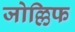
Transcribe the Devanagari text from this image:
जोल्लिफ